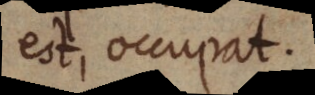
est, occupat.